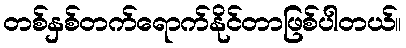
တစ်နှစ်တက်ရောက်နိုင်တာဖြစ်ပါတယ်။